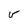
Character: v